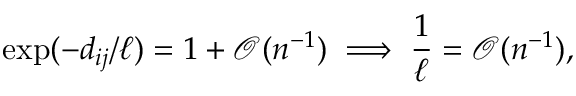
\exp ( - d _ { i j } \slash \ell ) = 1 + \mathcal { O } ( n ^ { - 1 } ) \implies \frac { 1 } { \ell } = \mathcal { O } ( n ^ { - 1 } ) ,